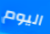
اليوم